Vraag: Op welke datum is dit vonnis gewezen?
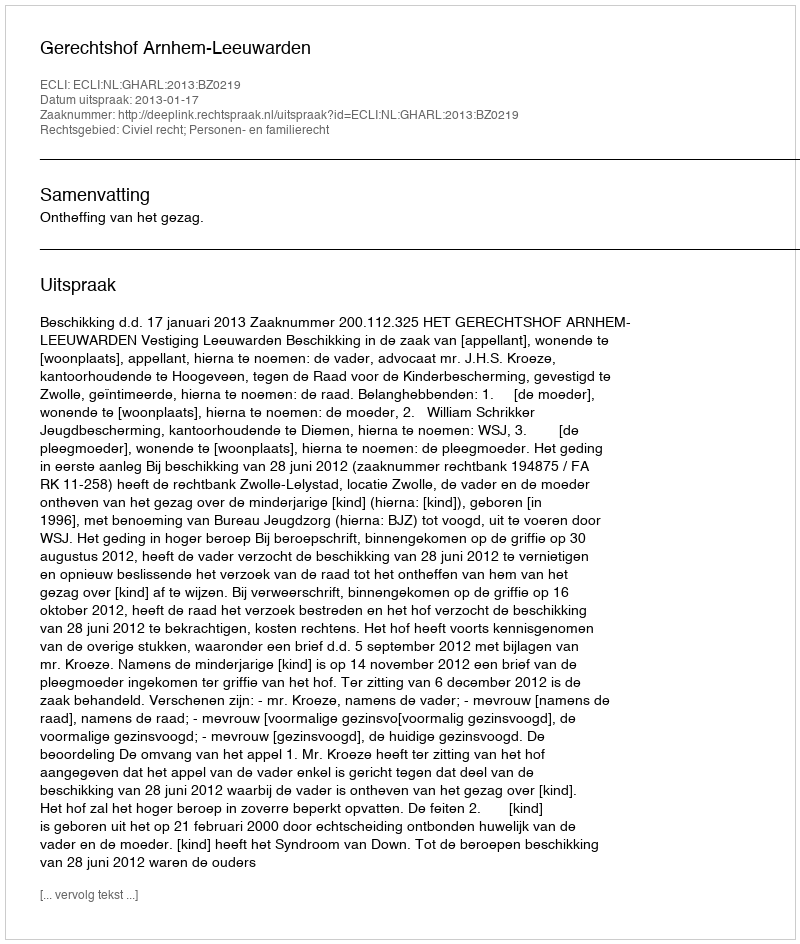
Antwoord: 2013-01-17